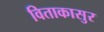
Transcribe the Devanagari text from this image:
विताकासुर